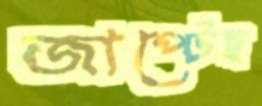
জাপ্‌টেছ